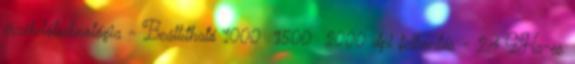
érzékelőtechnológia - Beállítható 1000 1500 2000 dpi felbontás - 2,4 GHz-es